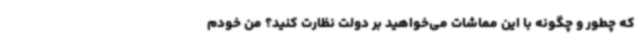
که چطور و چگونه با این مماشات می‌خواهید بر دولت نظارت کنید؟ من خودم